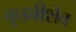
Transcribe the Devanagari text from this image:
कुइबीशेव